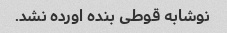
نوشابه قوطی بنده اورده نشد.